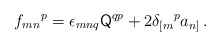
\begin{align*}f_{mn}{}^{p}= \epsilon_{mnq} \mathsf{Q}^{qp} +2\delta_{[m}{}^{p}a_{n]}\, .\end{align*}